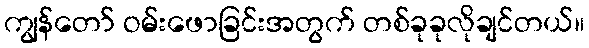
ကျွန်တော် ဝမ်းဖောခြင်းအတွက် တစ်ခုခုလိုချင်တယ်။